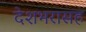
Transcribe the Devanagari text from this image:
देशभरासह